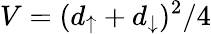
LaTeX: V=(d_{\uparrow}+d_{\downarrow})^{2}/4